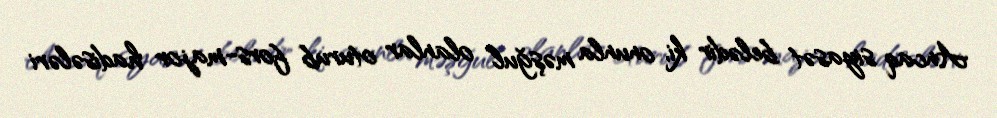
Ancaq siyasət belədir ki, onunla məşğul olanlar oturub fors-major hadisələri